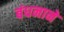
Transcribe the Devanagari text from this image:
बंधनाने